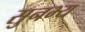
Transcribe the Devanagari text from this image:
सुनभ्य